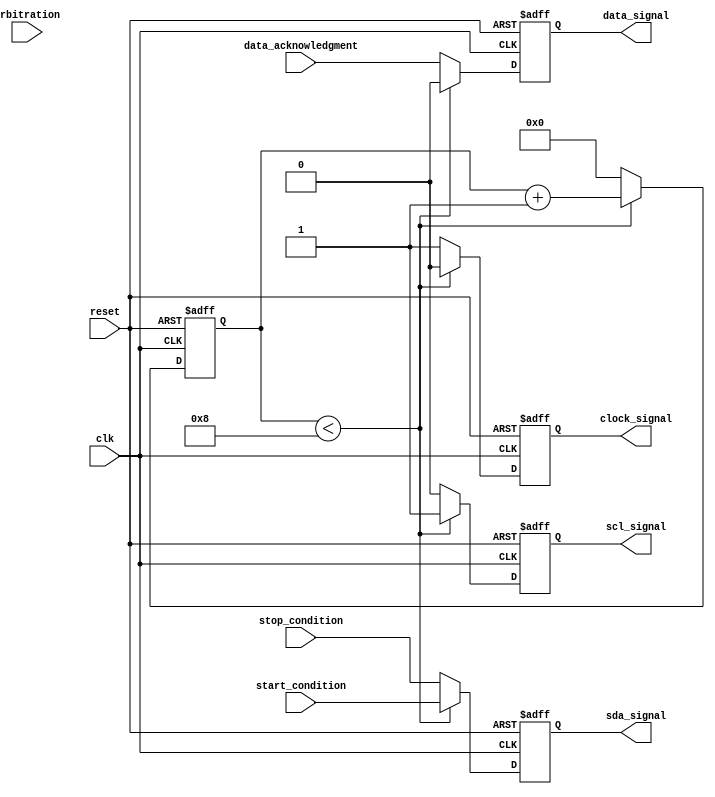
module i2c_timing_control (
    input wire clk,
    input wire reset,
    input wire start_condition,
    input wire stop_condition,
    input wire data_acknowledgment,
    input wire arbitration,
    output reg clock_signal,
    output reg data_signal,
    output reg sda_signal,
    output reg scl_signal
);

reg [7:0] count;

always @(posedge clk or posedge reset) begin
    if (reset) begin
        count <= 8'b00000000;
        clock_signal <= 1'b0;
        data_signal <= 1'b0;
        sda_signal <= 1'b0;
        scl_signal <= 1'b0;
    end else begin
        if (count < 8) begin
            count <= count + 1;
            clock_signal <= 1'b0;
            data_signal <= 1'b0;
            sda_signal <= start_condition;
            scl_signal <= 1'b1;
        end else begin
            count <= 8'b00000000;
            clock_signal <= 1'b1;
            data_signal <= data_acknowledgment;
            sda_signal <= stop_condition;
            scl_signal <= 1'b0;
        end
    end
end

endmodule